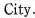
City.